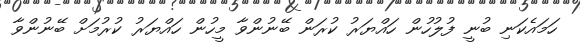
ހަމައެކަނި ބުނީ ފުލުހުން ހައްޔަރު ކުރަން ބޭނުންވާ މީހުން ހައްޔަރު ކުރުމަށް ބޭނުންވާ